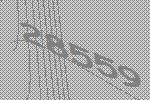
28559